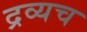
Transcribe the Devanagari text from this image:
द्रव्यच